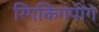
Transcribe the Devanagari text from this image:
रिंगकिंगपोंग